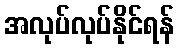
အလုပ်လုပ်နိုင်ရန်